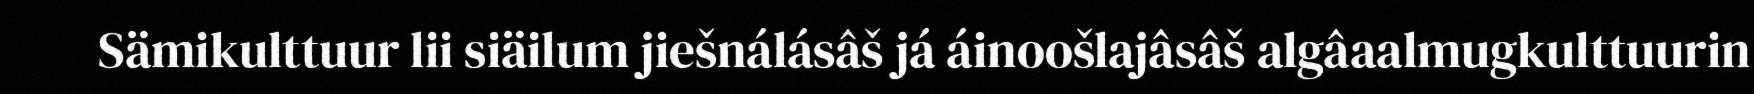
Sämikulttuur lii siäilum jiešnálásâš já áinoošlajâsâš algâaalmugkulttuurin